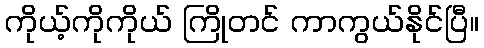
ကိုယ့်ကိုကိုယ် ကြိုတင် ကာကွယ်နိုင်ပြီ။